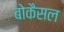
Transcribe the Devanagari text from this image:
बोकैसल